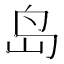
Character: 岛